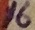
Text: 16